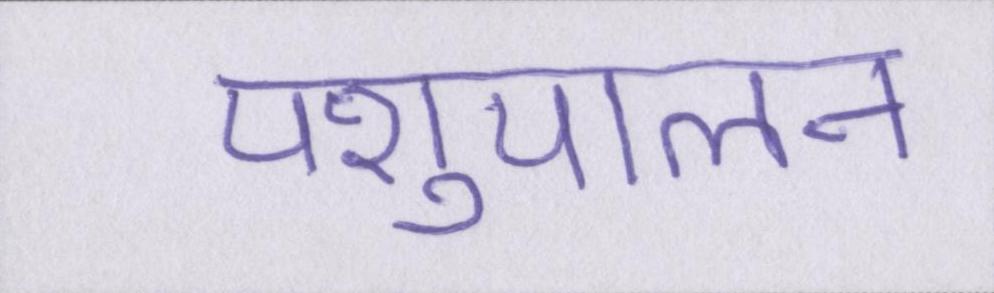
पशुपालन